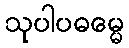
သုပါပဓမ္မေ